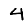
Digit: 4